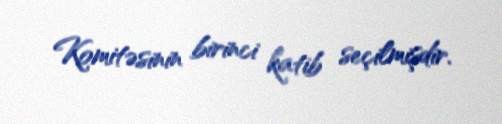
Komitəsinin birinci katib seçilmişdir.